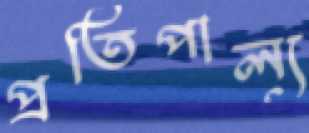
প্রতিপাল্য